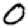
Digit: 0